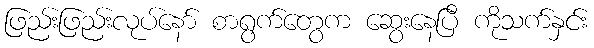
ဖြည်းဖြည်းလုပ်နော် စာရွက်တွေက ဆွေးနေပြီ ကိုသက်နှင်း